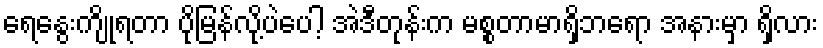
ရေနွေးကျိုရတာ ပိုမြန်လို့ပဲပေါ့ အဲဒီတုန်းက မစ္စတာမာရှိဘရော အနားမှာ ရှိလား